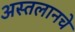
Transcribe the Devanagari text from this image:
अस्तलानचे